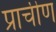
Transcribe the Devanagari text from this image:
प्राचीण